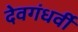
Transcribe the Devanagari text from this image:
देवगंधर्वी